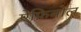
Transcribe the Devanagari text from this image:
ऐफ़िबोल